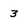
Character: 3